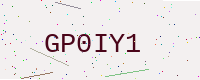
Text: GP0IY1